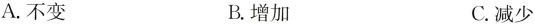
A.不变 B.增加 C.减少